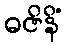
ဓဇိနိံ